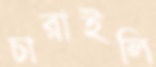
চারাইলি